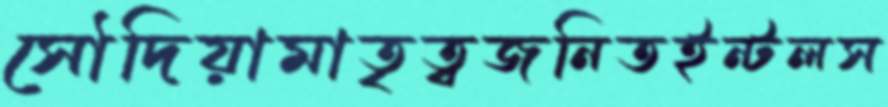
সৌদিয়ামাতৃত্বজনিতইন্টলস